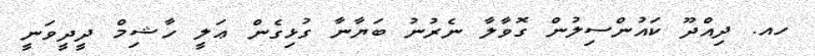
ހއ. ދިއްދޫ ކައުންސިލުން ގޮވާލާ ނެރުނު ބަޔާނާ ގުޅިގެން ޢަލީ ހާޝިމް ދީދީވަނީ